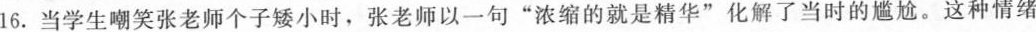
16.当学生嘲笑张老师个子矮小时，张老师以一句”浓缩的就是精华”化解了当时的尴尬。这种情绪